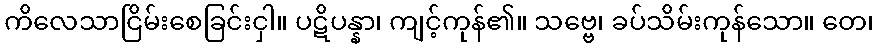
ကိလေသာငြိမ်းစေခြင်းငှါ။ ပဋိပန္နာ၊ ကျင့်ကုန်၏။ သဗ္ဗေ၊ ခပ်သိမ်းကုန်သော။ တေ၊